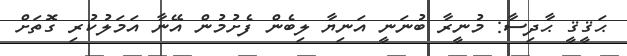
ޙަޤީޤީ ޙާދިސާ: މުނީރާ ބުނަނީ އަނިޔާ ލިބެން ފެށުމުން އޭނާ އަމަލުކުރި ގޮތަށް